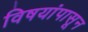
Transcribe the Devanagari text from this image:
विषयांपासून